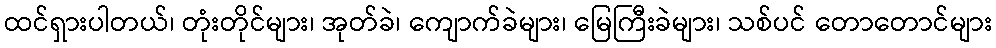
ထင်ရှားပါတယ်၊ တုံးတိုင်များ၊ အုတ်ခဲ၊ ကျောက်ခဲများ၊ မြေကြီးခဲများ၊ သစ်ပင် တောတောင်များ